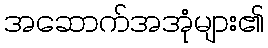
အဆောက်အအုံများ၏